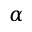
\boldsymbol { \alpha }